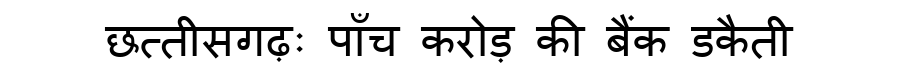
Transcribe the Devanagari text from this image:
छत्तीसगढ़ः पाँच करोड़ की बैंक डकैती